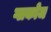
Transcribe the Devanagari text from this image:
ग्लकोज